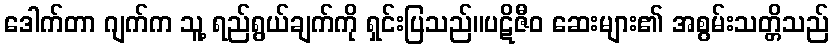
ဒေါက်တာ ဂျက်က သူ့ ရည်ရွယ်ချက်ကို ရှင်းပြသည်။ပဋိဇီဝ ဆေးများ၏ အစွမ်းသတ္တိသည်